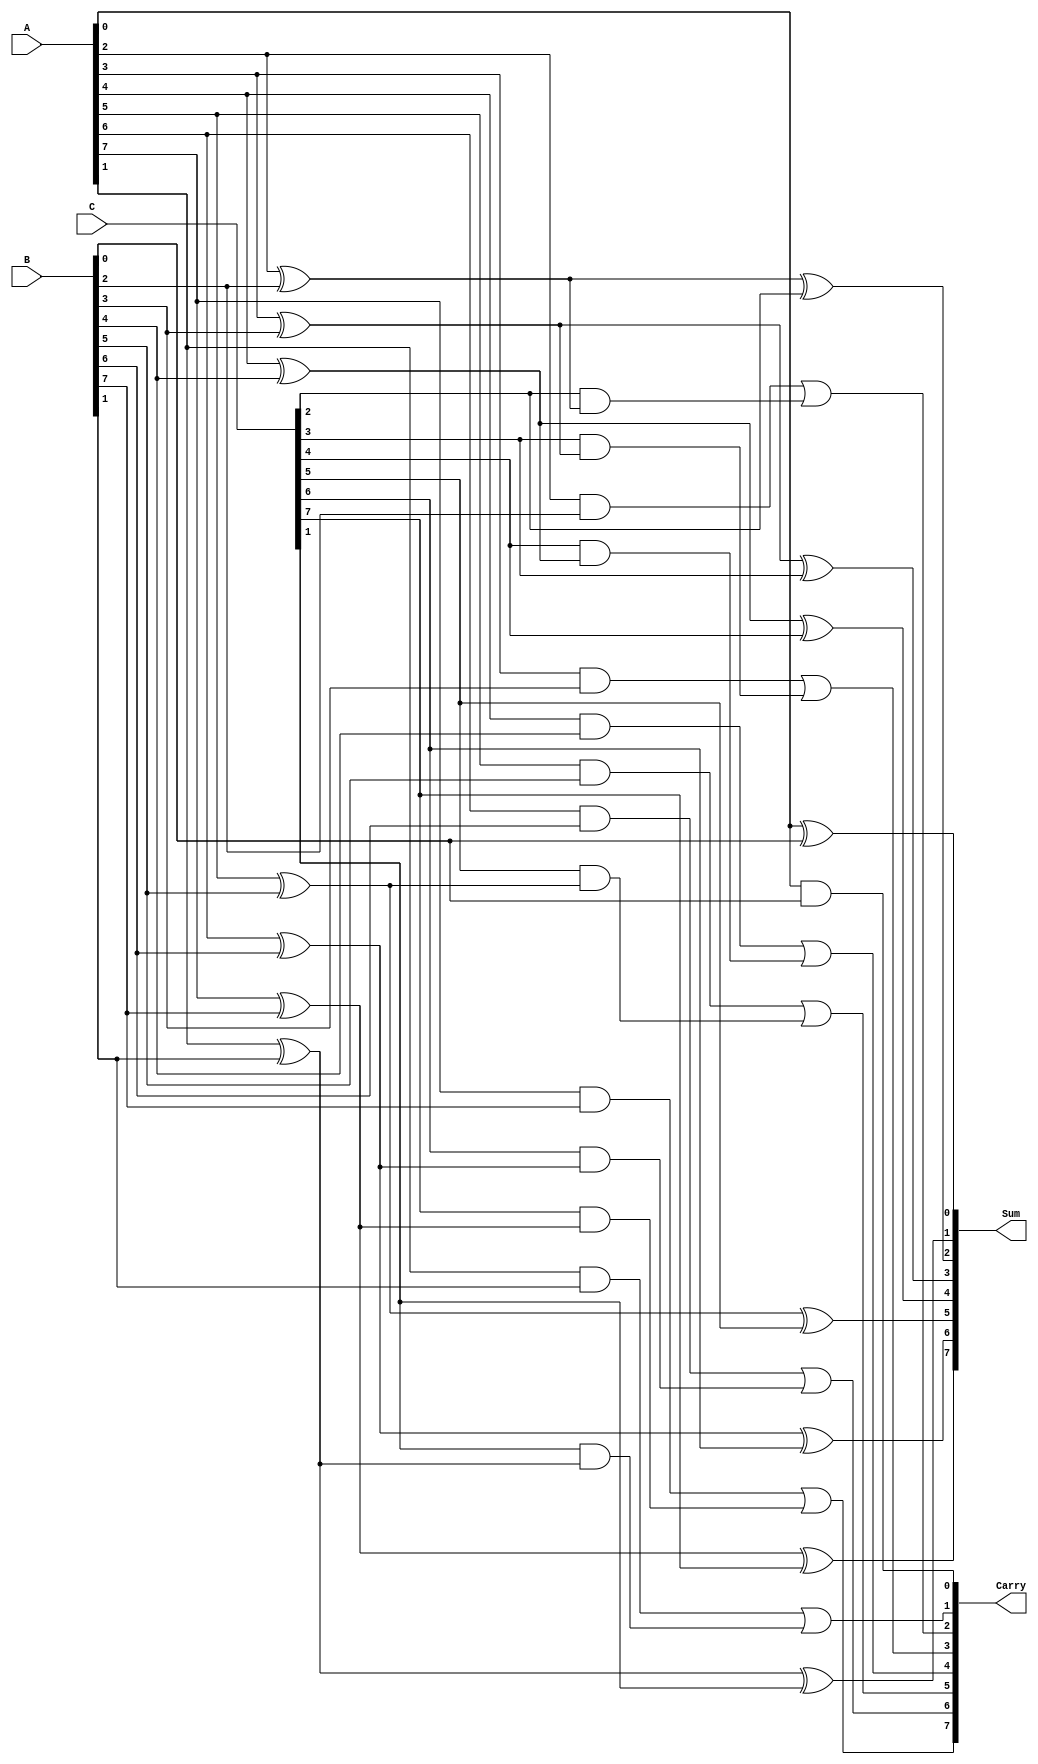
module ParallelCarrySaveAdder #(parameter WIDTH = 8) (
    input  [WIDTH-1:0] A,
    input  [WIDTH-1:0] B,
    input  [WIDTH-1:0] C,
    output [WIDTH-1:0] Sum,
    output [WIDTH-1:0] Carry
);

// Internal wires for the half and full adder outputs
wire [WIDTH-1:0] HA1_Sum, HA1_Carry; // Half adder for A and B
wire [WIDTH-1:0] FA_Sum, FA_Carry;   // Full adder outputs
wire [WIDTH-1:0] Sum_temp;

// Generate half adders for the first two inputs
generate
    genvar i;
    for (i = 0; i < WIDTH; i = i + 1) begin : half_adder
        if (i == 0) begin
            // Half adder for the least significant bits of A and B
            assign HA1_Sum[i] = A[i] ^ B[i];
            assign HA1_Carry[i] = A[i] & B[i];
        end else begin
            // For subsequent bits, use full adders
            assign FA_Sum[i] = A[i] ^ B[i] ^ C[i];
            assign FA_Carry[i] = (A[i] & B[i]) | (C[i] & (A[i] ^ B[i]));
        end
    end
endgenerate

// Generate carry output
generate
    for (i = 0; i < WIDTH; i = i + 1) begin : carry_generation
        if (i == 0) begin
            assign Carry[i] = HA1_Carry[i]; // Carry from the half adder
        end else begin
            assign Carry[i] = FA_Carry[i]; // Carry from the full adders
        end
    end
endgenerate

// Generate sum output
assign Sum = {FA_Sum[WIDTH-1:1], HA1_Sum[0]}; // Combine the sum outputs

endmodule